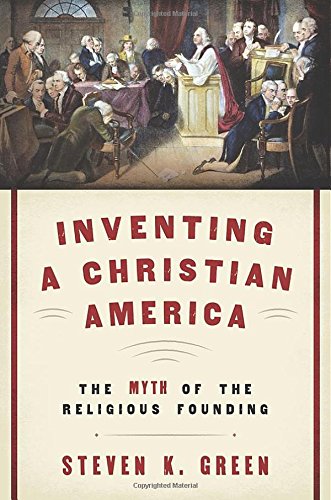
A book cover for Inventing a Christian America: The Myth of the Religious Founding; Steven K. Green; History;